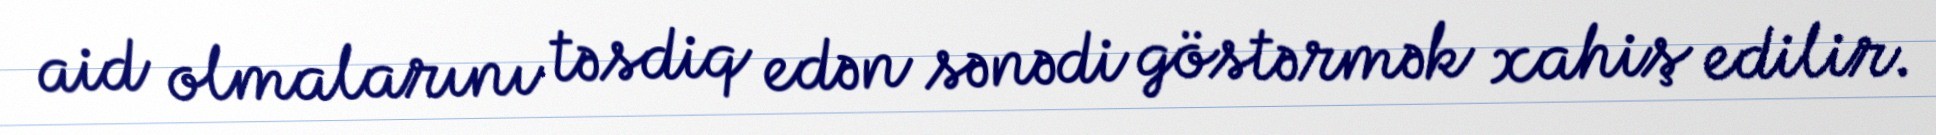
aid olmalarını təsdiq edən sənədi göstərmək xahiş edilir.